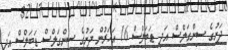
ދަށުގެ ސިންގަލްސް އަދި ޑަބަލްސް 16 އަހަރުން ދަށުގެ ސިންގަލްސް ޑަބަލްސް އަދި